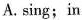
A.sing;in